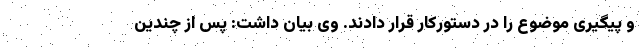
و پیگیری موضوع را در دستورکار قرار دادند. وی بیان داشت: پس از چندین